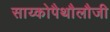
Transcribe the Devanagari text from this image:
साय्कोपैथौलौजी